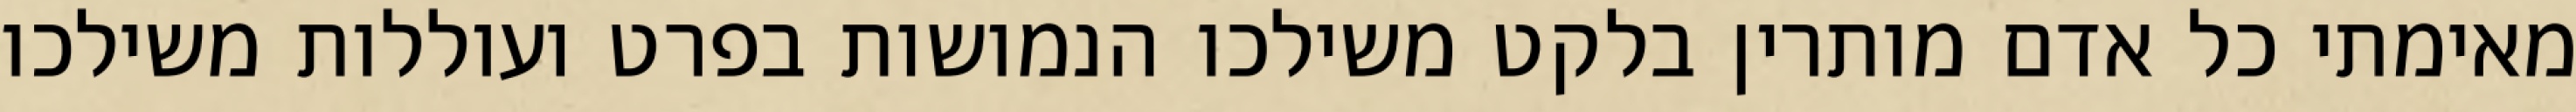
מאימתי כל אדם מותרין בלקט משילכו הנמושות בפרט ועוללות משילכו